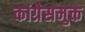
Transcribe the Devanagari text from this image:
कांग्रेसमुक्त